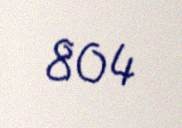
804